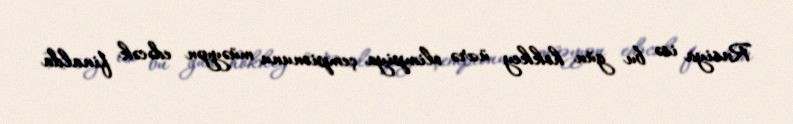
Rusiya isə bu gün hokkey üzrə olimpiya çempionunu müəyyən edəcək finalda